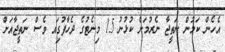
އެހެން ކަމުން ނަތީޖާ ނެރުމަށް ކުޅުނު 15 މިނެޓުގެ ދެހާފުގަިއ ވެސް ނަތީޖާއަށް